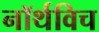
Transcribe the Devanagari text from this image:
नॉर्थविच